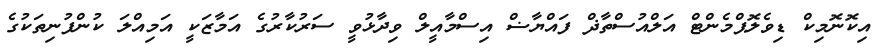
އިކޮނޮމިކް ޑިވެލޮޕްމެންޓް އަލްއުސްތާޛް ފައްޔާޟް އިސްމާއީލް ވިދާޅުވީ ސަރުކާރުގެ އަމާޒަކީ އަމިއްލަ ކުންފުނިތަކުގެ